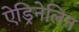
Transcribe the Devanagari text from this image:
ऐड्रिनेलिन